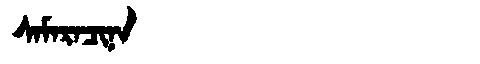
Manchu: ᠰᠠᠮᠠᡵᠠᠴᡳᠨᠠ
Romanization: SAMARACINA